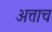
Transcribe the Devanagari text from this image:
अत्ताच